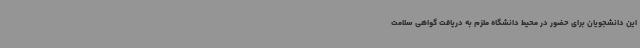
این دانشجویان برای حضور در محیط دانشگاه ملزم به دریافت گواهی سلامت